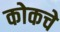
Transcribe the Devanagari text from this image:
कोकचे